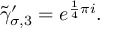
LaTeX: \widetilde { \gamma } _ { \sigma , 3 } ^ { \prime } = e ^ { \frac { 1 } { 4 } \pi i } .